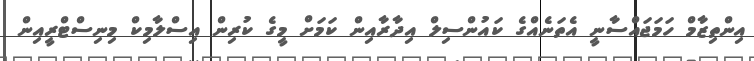
އިންތިޒާމް ހަމަޖައްސާނީ އެތަނެއްގެ ކައުންސިލް އިދާރާއިން ކަމަށް މީގެ ކުރިން އިސްލާމިކް މިނިސްޓްރީއިން